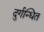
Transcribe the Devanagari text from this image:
दुर्गन्धित